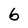
Character: 6